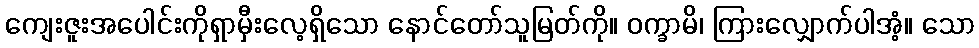
ကျေးဇူးအပေါင်းကိုရှာမှီးလေ့ရှိသော နောင်တော်သူမြတ်ကို။ ဝက္ခာမိ၊ ကြားလျှောက်ပါအံ့။ သော